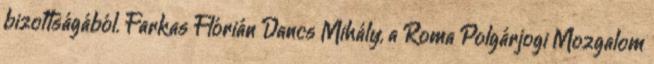
bizottságából. Farkas Flórián Dancs Mihály, a Roma Polgárjogi Mozgalom